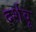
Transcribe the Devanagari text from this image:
दर्शवू